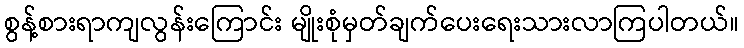
စွန့်စားရာကျလွန်းကြောင်း မျိုးစုံမှတ်ချက်ပေးရေးသားလာကြပါတယ်။